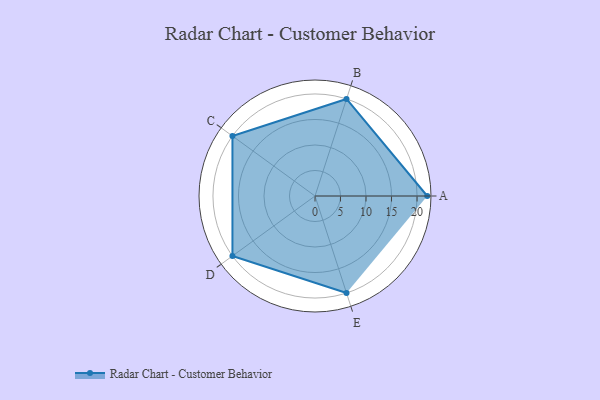
{"axis": {"x": "Skill", "y": "Score"}, "legend": ["Profile"], "data": [{"x": "A", "y": 22.0, "type": "Profile"}, {"x": "B", "y": 20, "type": "Profile"}, {"x": "C", "y": 20, "type": "Profile"}, {"x": "D", "y": 20, "type": "Profile"}, {"x": "E", "y": 20, "type": "Profile"}]}